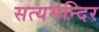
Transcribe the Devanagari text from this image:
सत्यमन्दिर